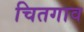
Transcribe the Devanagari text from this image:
चितगाव